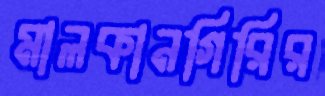
মালকানগিরির